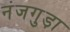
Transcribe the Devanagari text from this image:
नंजगुड़ा